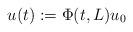
LaTeX: \begin{align*}u(t):=\Phi(t,L)u_0\end{align*}